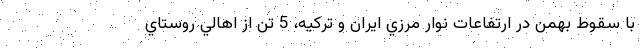
با سقوط بهمن در ارتفاعات نوار مرزي ايران و تركيه، 5 تن از اهالي روستاي